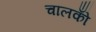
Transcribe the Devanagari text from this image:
चालकोँ